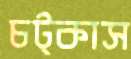
চট্‌কাস